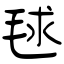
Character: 毬